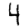
Digit: 4